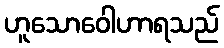
ဟူသောဝေါဟာရသည်